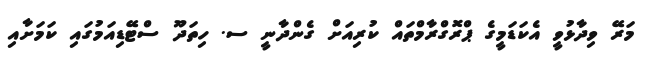
މަރޭ ވިދާޅުވީ އެކަޑަމީގެ ޕްރޮގްރާމްތައް ކުރިއަށް ގެންދާނީ ސ. ހިތަދޫ ސްޓޭޑިއަމުގައި ކަމަށާއި